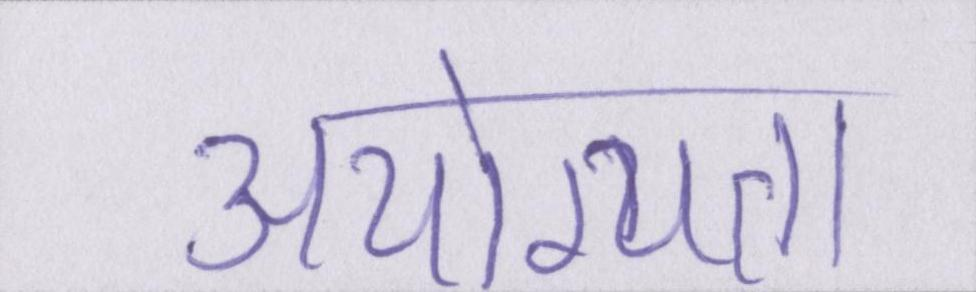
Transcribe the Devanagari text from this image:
अयोग्यता